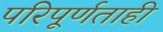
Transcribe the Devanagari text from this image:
परिपूर्णताही